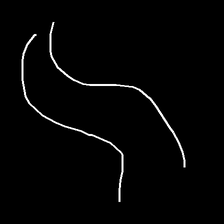
Glyph: float